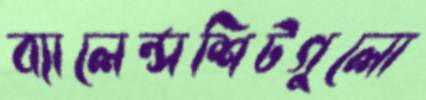
ব্যালেন্সশিটগুলো